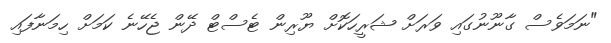
"ނަމަވެސް ގާނޫނުގައި ވަރަށް ޝަރީހަކޮށް ޔޫރިން ޓެސްޓް ދޭން ޖެހޭނެ ކަމަށް ހިމަނާފައި